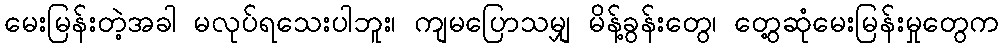
မေးမြန်းတဲ့အခါ မလုပ်ရသေးပါဘူး၊ ကျမပြောသမျှ မိန့်ခွန်းတွေ၊ တွေ့ဆုံမေးမြန်းမှုတွေက